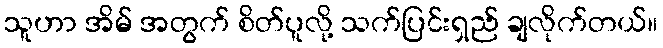
သူဟာ အိမ် အတွက် စိတ်ပူလို့ သက်ပြင်းရှည် ချလိုက်တယ်။